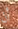
أن